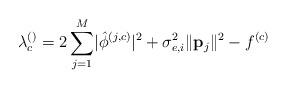
LaTeX: \begin{align*} \lambda_c^{\left(\right)}=2\sum_{j=1}^{M}\lvert\hat{\phi}^{\left(j,c\right)}\rvert^2+\sigma_{e,i}^2\lVert\mathbf{p}_j\rVert^2-f^{\left(c\right)} \end{align*}